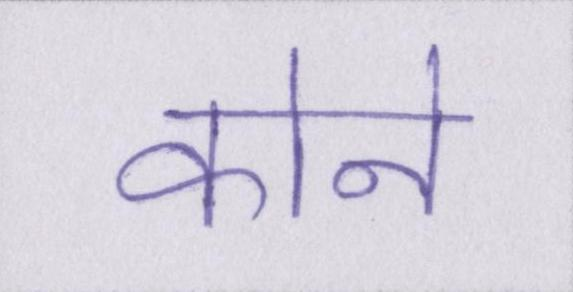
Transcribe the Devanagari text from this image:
कोने